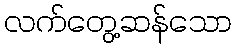
လက်တွေ့ဆန်သော